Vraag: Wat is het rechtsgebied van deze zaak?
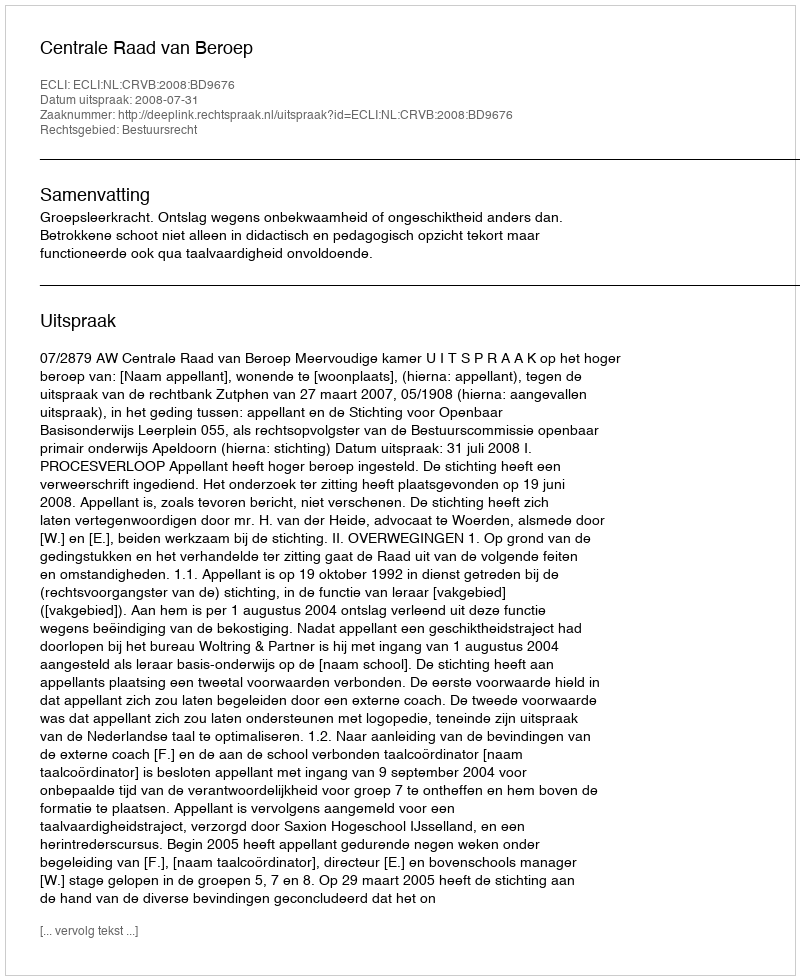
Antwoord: Bestuursrecht